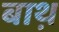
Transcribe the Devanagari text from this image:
बाथ़